Indian journal of veterinary science and animal husbandry - Volumes 22-23, 1952-1953
Year: 1952
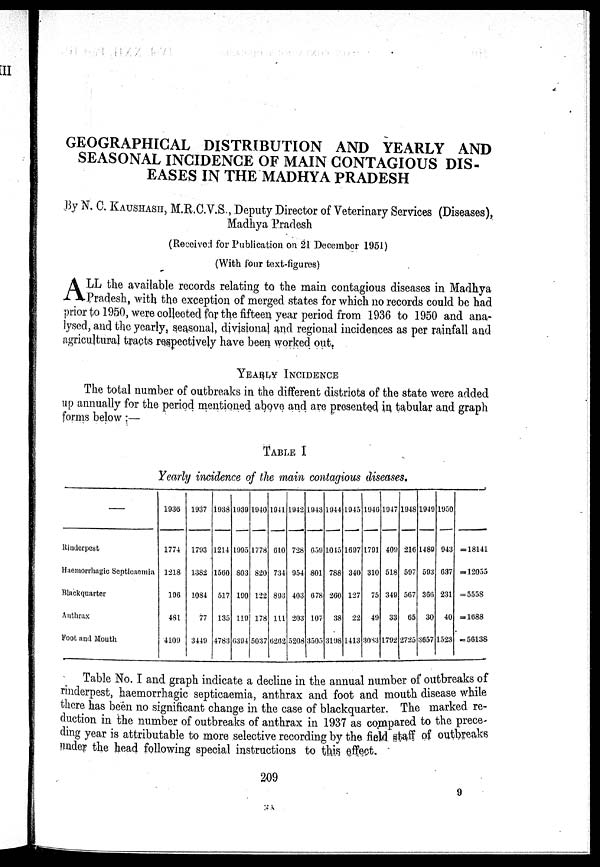
GEOGRAPHICAL DISTRIBUTION AND YEARLY AND
SEASONAL INCIDENCE OF MAIN CONTAGIOUS DIS-
EASES IN THE MADHYA PRADESH
By N. C. KAUSHASH, M.R.C.V.S., Deputy Director of Veterinary Services (Diseases),
Madhya Pradesh
(Received for Publication on 21 December 1951)
(With four text-figures)
A LL the available records relating to the main contagious diseases in Madhya
Pradesh, with the exception of merged states for which no records could be had
prior to 1950, were collected for the fifteen, year period from 1936 to 1950 and ana-
lysed, and the yearly, seasonal, divisional and regional incidences as per rainfall and
agricultural tracts respectively have been worked out.
YEARLY INCIDENCE
The total number of outbreaks in the different districts of the state were added
up annually for the period mentioned above and are presented in tabular and graph
forms below:—
TABLE I
Yearly incidence of the main contagious diseases.
Rinderpest
Haemorrhagic Septicaemia
Blackquarter
Anthrax
Foot and Mouth
1936
1774
1218
106
481
4109
1937
1793
1382
1084
77
3449
1938
1214
1560
517
135
4783
1939
1995
803
190
119
0394
1940
1778
820
122
178
5037
1941
010
734
893
111
0202
1942
728
954
403
203
5208
1943
059
801
078
107
3505
1944
1015
788
200
38
3198
1945
1697
340
127
22
1413
1940
1791
310
75
49
3083
1947
409
518
349
33
1792
1948
210
597
567
65
2725
1949
1489
593
366
30
3057
1950
943
037
231
40
1523
______
= 18141
= 12055
= 5558
= 1088
=56138
Table No. I and graph indicate a decline in the annual number of outbreaks of
rinderpest, haemorrhagic septicaemia, anthrax and foot and mouth disease while
there has been no significant change in the case of blackquarter. The marked re-
duction in the number of outbreaks of anthrax in 1937 as compared to the prece-
ding year is attributable to more selective recording by the field staff of outbreaks
under the head following special instructions to this effect.
209
9